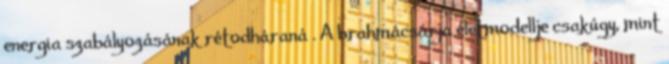
energia szabályozásának rétodháraná . A brahmácsárja életmodellje csakúgy, mint